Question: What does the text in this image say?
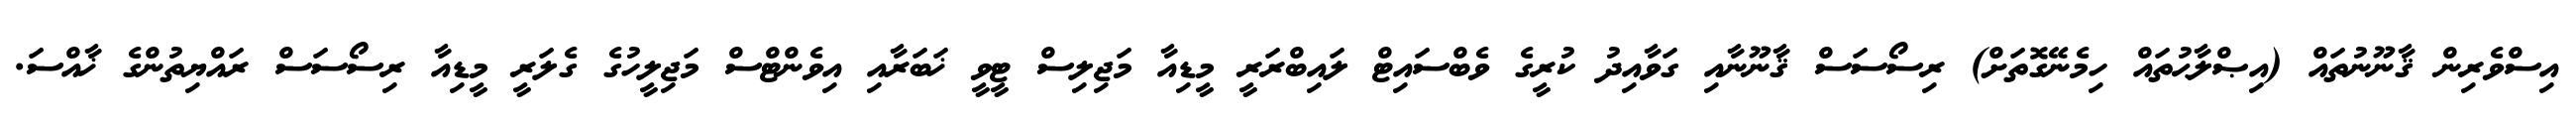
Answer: އިސްވެރިން ޤާނޫނުތައް (އިޞްލާޙުތައް ހިމެނޭގޮތަށް) ރިސޯސަސް ޤާނޫނާއި ގަވާއިދު ކުރީގެ ވެބްސައިޓް ލައިބްރަރީ މީޑިއާ މަޖިލިސް ޓީވީ ޚަބަރާއި އިވެންޓްސް މަޖިލީހުގެ ގެލަރީ މީޑިއާ ރިސޯސަސް ރައްޔިތުންގެ ޚާއްސަ.